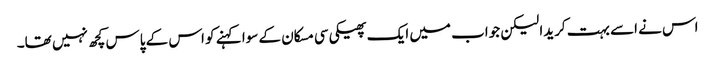
اس نے اسے بہت کریدا لیکن جواب میں ایک پھیکی سی مسکان کے سوا کہنے کو اس کے پاس کچھ نہیں تھا۔